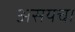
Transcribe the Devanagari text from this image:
असयचा